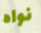
نواه